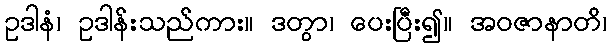
ဥဒါနံ၊ ဥဒါန်းသည်ကား။ ဒတွာ၊ ပေးပြီး၍။ အဝဇာနာတိ၊